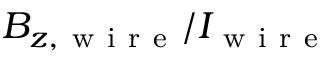
B _ { z , \mathrm { ~ w ~ i ~ r ~ e ~ } } / I _ { \mathrm { ~ w ~ i ~ r ~ e ~ } }